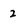
Character: 2